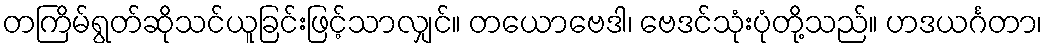
တကြိမ်ရွတ်ဆိုသင်ယူခြင်းဖြင့်သာလျှင်။ တယောဗေဒါ၊ ဗေဒင်သုံးပုံတို့သည်။ ဟဒယင်္ဂတာ၊